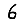
Digit: 6